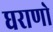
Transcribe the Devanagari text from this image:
घराणो